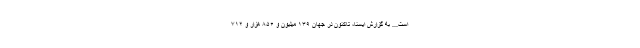
است... به گزارش ایسنا، تاکنون در جهان ۱۳۹ میلیون و ۸۵۶ هزار و ۷۱۲